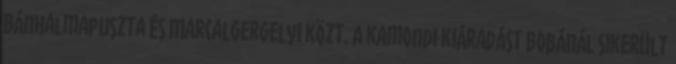
Bánhalmapuszta és Marcalgergelyi közt. A kamondi kiáradást Bobánál sikerült